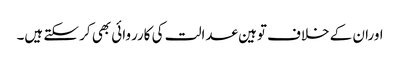
اوران کے خلاف توہین عدالت کی کارروائی بھی کر سکتے ہیں۔